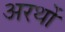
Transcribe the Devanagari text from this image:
अरथों